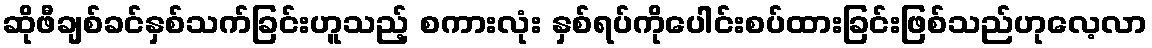
ဆိုဖီချစ်ခင်နှစ်သက်ခြင်းဟူသည့် စကားလုံး နှစ်ရပ်ကိုပေါင်းစပ်ထားခြင်းဖြစ်သည်ဟုလေ့လာ